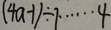
( 4 a - 1 ) \div 7 \cdots 4